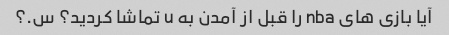
آیا بازی های nba را قبل از آمدن به u تماشا کردید؟ س.؟